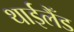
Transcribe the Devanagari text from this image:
थाईलैँड